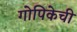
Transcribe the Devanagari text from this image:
गोपिकेची